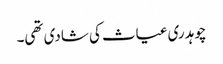
چوہدری غیاث کی شادی تھی۔